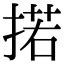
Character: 掿